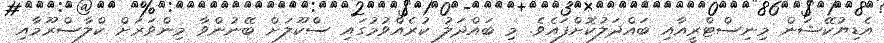
އެޑިޔުކޭޝަން މިނިސްޓްރީއާއި ބައްދަލުކޮށްފައެވެ. މި ބައްދަލު ކުރެއްވުމުގައި ސްކޫލަށް ބޭނުންވާ މިންވަރަށް ކްލާސްރޫމާއި